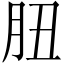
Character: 䏔